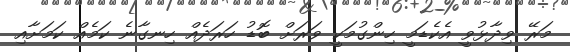
މަރޭ ވިދާޅުވީ އެކެޑަމީ ހިންގުމަކީ ވަރަށް ބޮޑު ހަރަދެއް ހިނގާނެ ކަމެއް ކަމަށާއި